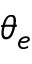
\theta _ { e }